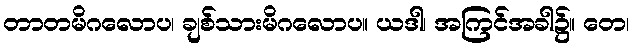
တာတမိဂလောပ၊ ချစ်သားမိဂလောပ။ ယဒါ၊ အကြင်အခါ၌။ တေ၊